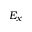
E _ { x }